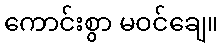
ကောင်းစွာ မဝင်ချေ။